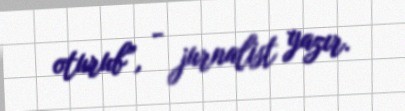
oturub”, - jurnalist yazır.